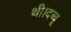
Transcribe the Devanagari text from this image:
थी।दब्बू